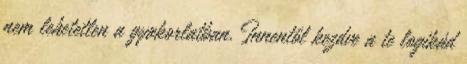
nem lehetetlen a gyakorlatban. Innentől kezdve a te logikád